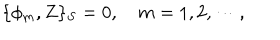
LaTeX: \{ \phi _ { m } , Z \} _ { S } = 0 , ~ m = 1 , 2 , \cdots ,